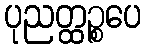
ပုညတ္ထဉ္စပေ